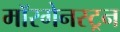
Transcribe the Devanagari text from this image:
मॉरगेनस्ट्रन